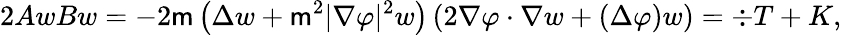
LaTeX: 2AwBw=-2\mathsf{m}\left(\Delta w+\mathsf{m}^{2}|\nabla\varphi|^{2}w\right)\left(2\nabla\varphi\cdot\nabla w+(\Delta\varphi)w\right)=\div T+K,